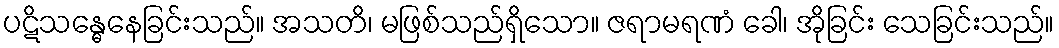
ပဋိသန္ဓေနေခြင်းသည်။ အသတိ၊ မဖြစ်သည်ရှိသော။ ဇရာမရဏံ ခေါ၊ အိုခြင်း သေခြင်းသည်။